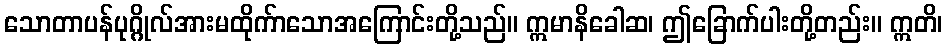
သောတာပန်ပုဂ္ဂိုလ်အားမထိုက်ာသောအကြောင်းတို့သည်။ ဣမာနိခေါဆ၊ ဤခြောက်ပါးတို့တည်း။ ဣတိ၊